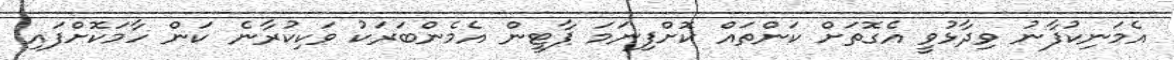
އެމަނިކުފާނު ވިދާޅުވީ އެގޮތަށް ކަންތައް ކޮށްފިނަމަ ޕާޓީން އެމެންބަރަކު ވަކިކުރާނެ ކަން ހާމަކޮށްފައި